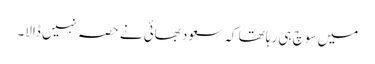
میں سوچ ہی رہا تھا کہ سعود بھائی نے حصہ نہیں ڈالا۔